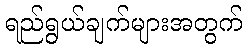
ရည်ရွယ်ချက်များအတွက်